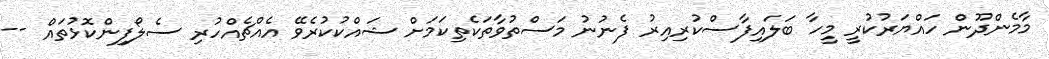
މާމެންދޫން ހައްޔަރުކުރީ މީހާ ބަލައިފާސްކުރިއިރު ފެނުނު މަސްތުވާތަކެތިކަމަށް ޝައްކުކުރެވޭ އެއްޗެއްހުރި ސެލޯފިންކޮޅުތައް --